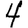
Digit: 4